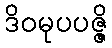
ဒိဝမုပပဇ္ဇိ